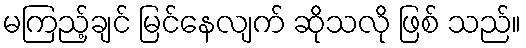
မကြည့်ချင် မြင်နေလျက် ဆိုသလို ဖြစ် သည်။